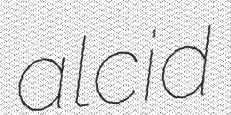
alcid